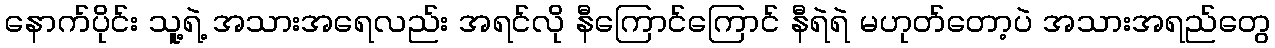
နောက်ပိုင်း သူ့ရဲ့ အသားအရေလည်း အရင်လို နီကြောင်ကြောင် နီရဲရဲ မဟုတ်တော့ပဲ အသားအရည်တွေ